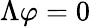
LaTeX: \Lambda\varphi=0